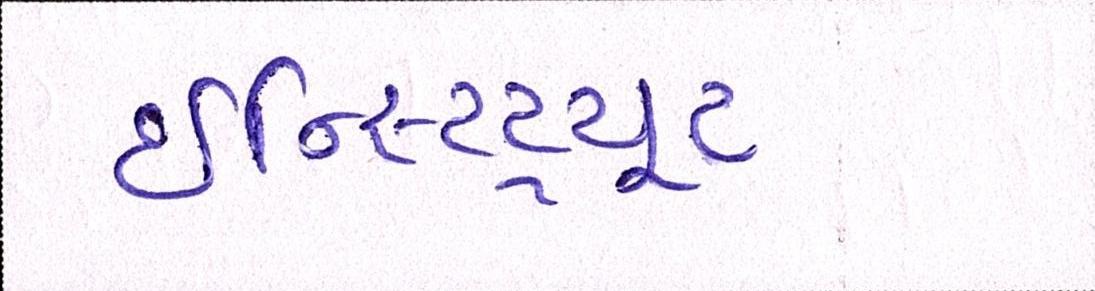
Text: ઇન્સ્ટિટ્યૂટ